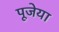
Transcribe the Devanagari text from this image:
पूजेया